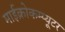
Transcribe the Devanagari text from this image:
माईक्रोकम्प्यूटर